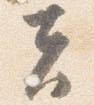
夫